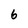
Character: 6